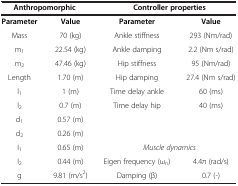
| <COLSPAN=2> Anthropomorphic | <COLSPAN=2> Controller properties |
 | --- | --- | --- | --- |
 | Parameter | Value | Parameter | Value |
 | Mass | 70 (kg) | Ankle stiffness | 293 (Nm/rad) |
 | m1 | 22.54 (kg) | Ankle damping | 2.2 (Nm s/rad) |
 | m2 | 47.46 (kg) | Hip stiffness | 95 (Nm/rad) |
 | Length | 1.70 (m) | Hip damping | 27.4 (Nm s/rad) |
 | l1 | 1 (m) | Time delay ankle | 60 (ms) |
 | l2 | 0.7 (m) | Time delay hip | 40 (ms) |
 | d1 | 0.57 (m) | <COLSPAN=2>  |
 | d2 | 0.26 (m) |  |  |
 | I1 | 0.65 (m) | <COLSPAN=2> Muscle dynamics |
 | I2 | 0.44 (m) | Eigen frequency (ωn) | 4.4π (rad/s) |
 | g | 9.81 (m/s2) | Damping (β) | 0.7 (-) |